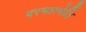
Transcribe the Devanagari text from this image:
परमात्मेति